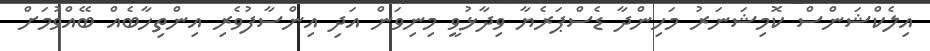
އިލެކްޝަންސް ކޮމިޝަނަރު މަހިންދާ ޑެސްޕަރެޔާ ވިދާޅުވީ މިނިވަން އަދި އިންސާފުވެރި އިންތިހާބެއް ބޭއްވުމަށް